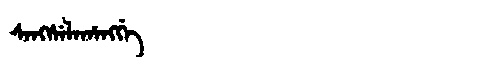
Manchu: ᠰᠠᠩᠰᡝᠯᠠᡥᠠᠩᡤᡝ
Romanization: SANGSELAHANGGE